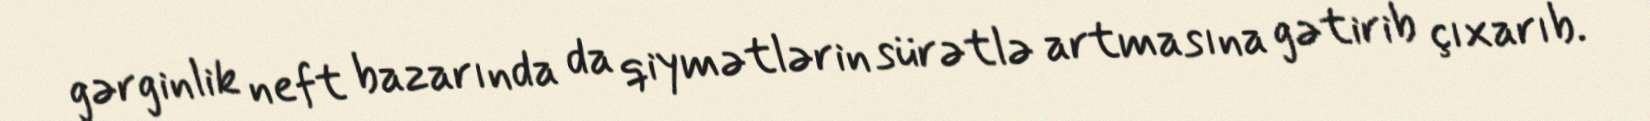
gərginlik neft bazarında da qiymətlərin sürətlə artmasına gətirib çıxarıb.